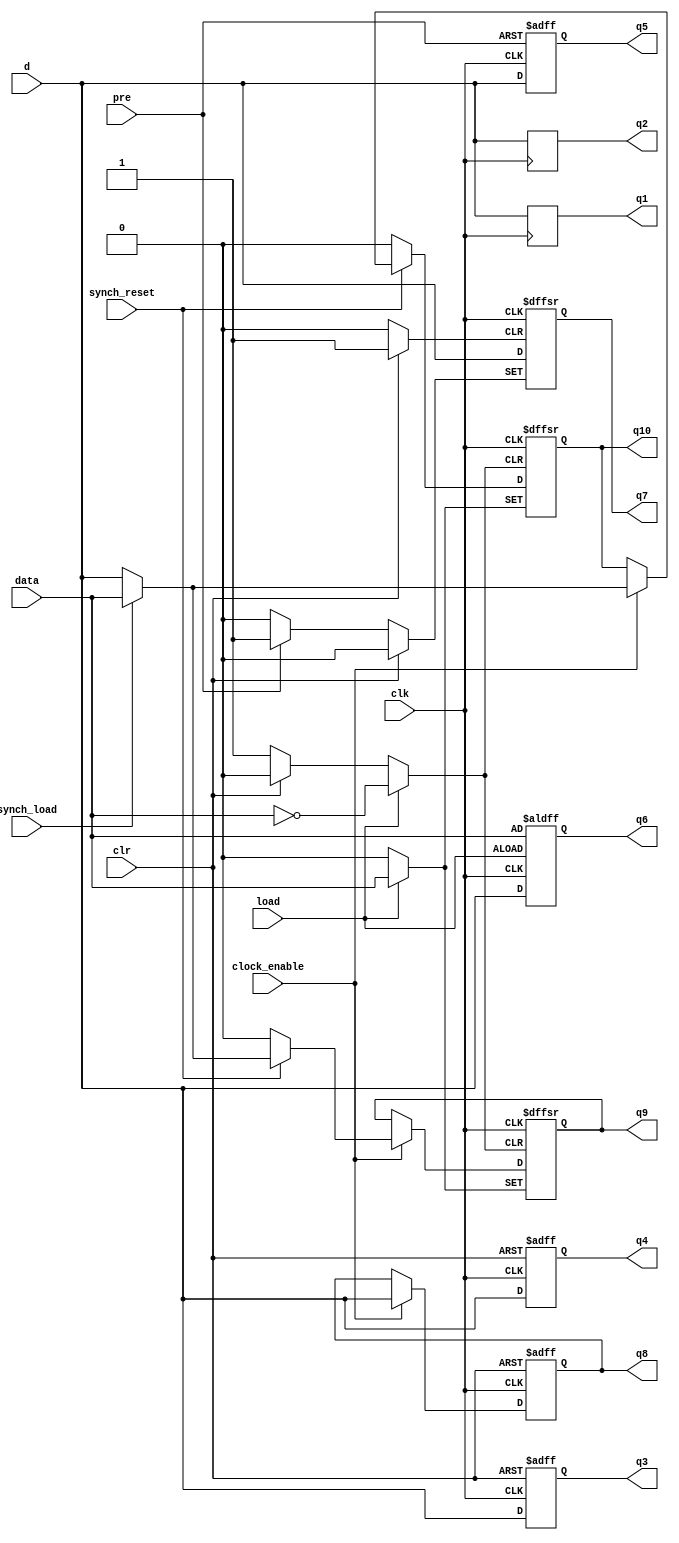
// The example below shows seven processes to infer registers that are controlled by asynchronous clear, preset, and load signals
module reginf (d, clk, clr, pre, load, data, clock_enable, synch_reset, synch_load,
              q1, q2, q3, q4, q5, q6, q7, q8, q9, q10);
				  
   input      d, clk, clr, pre, load, data, clock_enable, synch_reset, synch_load;
   output     q1, q2, q3, q4, q5, q6, q7, q8, q9, q10;
   reg        q1, q2, q3, q4, q5, q6, q7, q8, q9, q10;
    // Register with active-high clock
   always @ (posedge clk)
      q1 <= d;
    // Register with active-low clock
   always @ (negedge clk)
      q2 <= d;
		
    // Register with active-high clock & asynchronous clear
   always @ (posedge clk or posedge clr) begin
      if (clr)
         q3 <= 0;
      else
         q3 <= d;
   end
    // Register with active-low clock & asynchronous clear
   always @ (negedge clk or negedge clr) begin
      if (!clr)
         q4 <= 0;
      else
         q4 <= d;
   end
    // Register with active-high clock & asynchronous preset
   always @ (posedge clk or posedge pre) begin
      if (pre)
         q5 <= 1;
      else
         q5 <= d;
   end
    // Register with active-high clock & asynchronous load
   always @(posedge clk or posedge load) begin
      if (load)
         q6 <= data;
      else
         q6 <= d;
   end
    // Register with active-high clock & asynchronous clear & preset
   always @ (posedge clk or posedge clr or posedge pre) begin
      if (clr)
         q7 <= 0;
      else if (pre)
         q7 <= 1;
      else
         q7 <= d;
   end
	
//=============================================================
	always @ (negedge clr or posedge clk)
	begin
		// Reset whenever the reset signal goes low, regardless of the clock
		// or the clock enable
		if (!clr)
		begin
			q8 <= 1'b0;
		end
		// If not resetting, and the clock signal is enabled on this register,
		// update the register output on the clock's rising edge
		else
		begin
			if (clock_enable)
			begin
				q8 <= d;
			end
		end
	end

//===========================================================
always @ (negedge clr or posedge load or posedge clk)
begin
	// The asynchronous reset signal has highest priority
	if (!clr)
	begin
		q9 <= 1'b0;
	end
	// Asynchronous load has next priority
	else if (load)
	begin
		q9 <= data;
	end
	else
	begin
		// At a clock edge, if asynchronous signals have not taken priority,
		// respond to the appropriate synchronous signal.
		// Check for synchronous reset, then synchronous load.
		// If none of these takes precedence, update the register output 
		// to be the register input.
		if (clock_enable)
		begin
			if (!synch_reset)
			begin
				q9 <= 1'b0;
			end
			else if (synch_load)
			begin
				q9 <= data;
			end
			else
			begin
				q9 <= d;
			end
		end
	end
end

always @ (negedge clr or posedge load or posedge clk)
begin
	// The asynchronous reset signal has highest priority
	if (!clr)
	begin
		q10 <= 1'b0;
	end
	// Asynchronous load has next priority
	else if (load)
	begin
		q10 <= data;
	end
	else
	begin

		if (!synch_reset)
		begin
			q10 <= 1'b0;
		end
		else if (clock_enable)
			begin
				if (synch_load)
				begin
					q10 <= data;
				end
				else
				begin
					q10 <= d;
				end
			end	
	end
end

endmodule

/* In the previous example, all seven processes are sensitive only to changes on the control signals--i.e., clk, clr, pre, and load.

As defined in the Event Control, the first two Always Constructs detect changes on the clk signal only. Because clk is not used in the rest of the Always Construct, it is used as the clock for the register the Compiler creates. The first process waits for a rising clk edge (i.e., posedge clk) and assigns the value d to the signal q1. The second process waits for a falling clk edge (i.e., negedge clk) and assigns the value d to q2.

The remaining five Always Constructs detect changes on the clk signal and on one or more asynchronous control signals. These Always Constructs also use Conditional ("If-Else") Statements to give the asynchronous controls priority over the clk signal. This prioritization ensures that the asynchronous control signal is implemented as an asynchronous control of the D flipflop, rather than as logic connected to the D input of the flipflop.

The third and fourth Always Constructs detect changes in the clk and clr control signals and give the clr signal the higher priority. The circuit waits for an event on clk or clr, then sets q3 and q4 to 0 if clr is 1 or 0, respectively. Otherwise, the circuit sets either q3 or q4 to the value d, depending on whether a posedge clk activated the third Always Construct, or a negedge clk activated the fourth Always Construct.

The fifth Always Construct is sensitive to clk and pre. The circuit waits for an event on clk or pre, then sets q5 to 1 if pre is 1. Otherwise, the circuit sets q5 to d.

The sixth Always Construct is sensitive to clk or load. The circuit waits for an event on either of these signals, then sets q6 to data if load is 1. Otherwise, the circuit sets q6 to d.

The seventh Always Construct is sensitive to clk, clr, and pre. The circuit waits for an event on any of these signals, then sets q7 to 0 if clr is 1 or to 1 if pre is 1. Otherwise, the circuit sets q7 to d.
*/